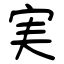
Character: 実